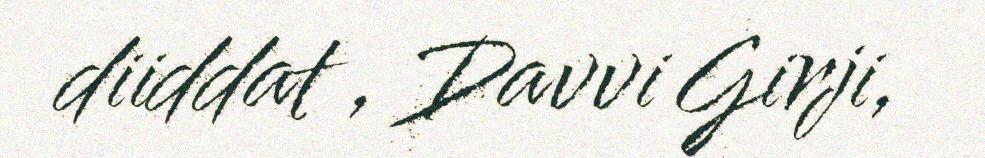
diiddat , Davvi Girji,